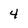
Character: 4